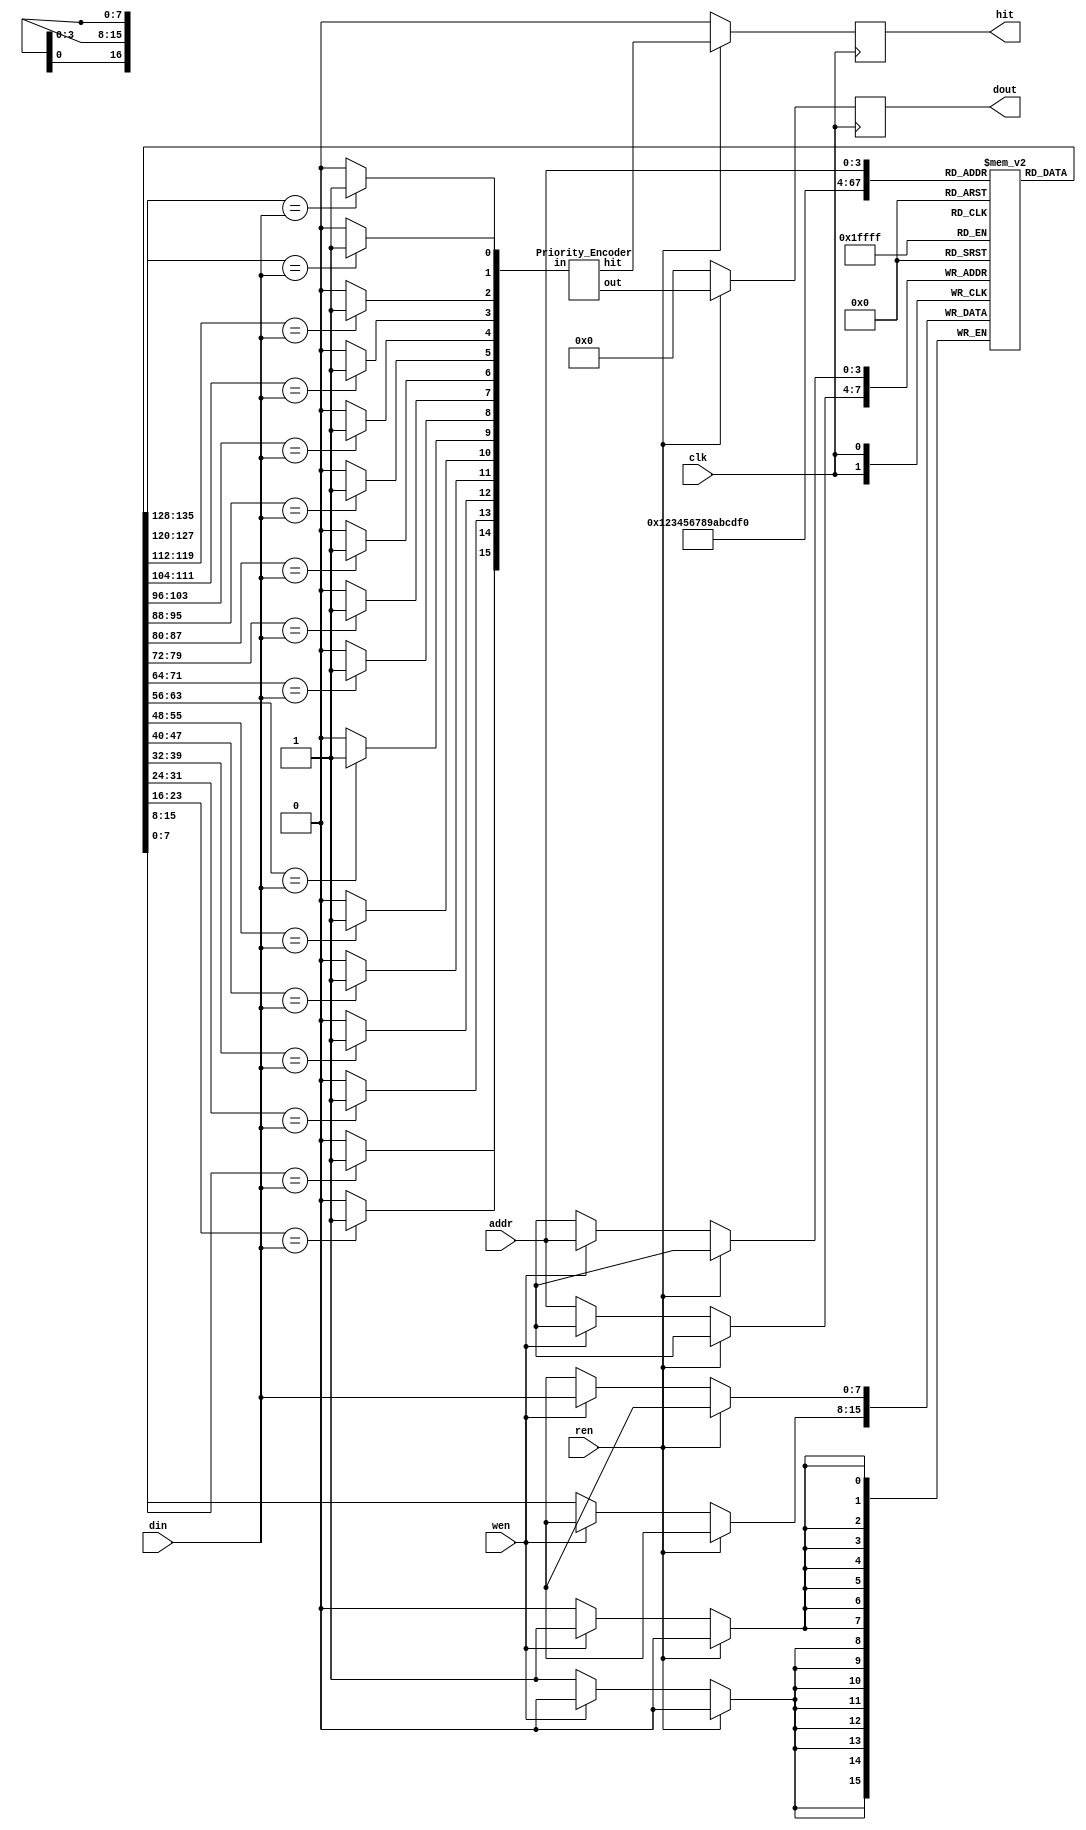
`timescale 1ns/1ps

module Content_Addressable_Memory(clk, wen, ren, din, addr, dout, hit);
input clk;
input wen, ren;
input [7:0] din;
input [3:0] addr;
output [3:0] dout;
output hit;

reg [3:0] dout;
reg hit;

reg [7:0] CAM [15:0];
reg [15:0] CAM_eq_din;
wire [3:0] next_dout;
wire next_hit;

genvar lineidx;
generate
    for(lineidx = 0; lineidx < 16; lineidx = lineidx + 1) begin
        always @(*) begin
            if(CAM[lineidx] == din) CAM_eq_din[lineidx] = 1'b1;
            else CAM_eq_din[lineidx] = 1'b0;
        end
    end
endgenerate

Priority_Encoder module_pe(CAM_eq_din, next_dout, next_hit);

always @(posedge clk ) begin
    if(ren) begin // MUX of ren
        dout <= next_dout;
        hit <= next_hit;
    end else begin
        dout <= 4'b0;
        hit <= 1'b0;
        if(wen) begin // MUX of wen
            CAM[addr] <= din;
        end else begin
            CAM[addr] <= CAM[addr];
        end       
    end
end
endmodule

module Priority_Encoder (in, out, hit);
input [15:0]        in;
output reg [3:0]    out;
output reg          hit;

always @(*) begin
    casex (in)
        16'b1XXX_XXXX_XXXX_XXXX : out = 4'd15;
        16'bX1XX_XXXX_XXXX_XXXX : out = 4'd14;
        16'bXX1X_XXXX_XXXX_XXXX : out = 4'd13;
        16'bXXX1_XXXX_XXXX_XXXX : out = 4'd12;
        16'bXXXX_1XXX_XXXX_XXXX : out = 4'd11;
        16'bXXXX_X1XX_XXXX_XXXX : out = 4'd10;
        16'bXXXX_XX1X_XXXX_XXXX : out = 4'd09;
        16'bXXXX_XXX1_XXXX_XXXX : out = 4'd08;
        16'bXXXX_XXXX_1XXX_XXXX : out = 4'd07;
        16'bXXXX_XXXX_X1XX_XXXX : out = 4'd06;
        16'bXXXX_XXXX_XX1X_XXXX : out = 4'd05;
        16'bXXXX_XXXX_XXX1_XXXX : out = 4'd04;
        16'bXXXX_XXXX_XXXX_1XXX : out = 4'd03;
        16'bXXXX_XXXX_XXXX_X1XX : out = 4'd02;
        16'bXXXX_XXXX_XXXX_XX1X : out = 4'd01;
        16'bXXXX_XXXX_XXXX_XXX1 : out = 4'd00;
        default: out = 4'd0;
    endcase

    if(in == 16'b0) hit = 1'b0;
    else hit = 1'b1;
end
endmodule